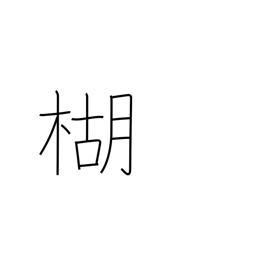
Meaning: pepper